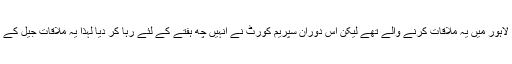
مولانا فضل الرحمٰن کوٹ لکھپت جیل لاہور میں یہ ملاقات کرنے والے تھے لیکن اس دوران سپریم کورٹ نے انہیں چھ ہفتے کے لئے رہا کر دیا لہٰذا یہ ملاقات جیل کے بجائے نواز شریف کے گھر پر ہوئی۔